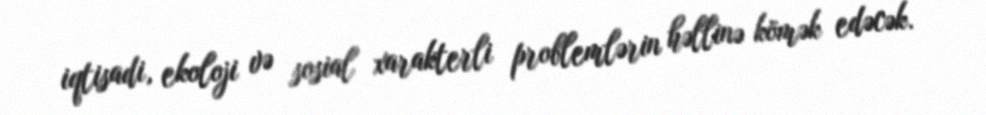
iqtisadi, ekoloji və sosial xarakterli problemlərin həllinə kömək edəcək.